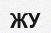
ЖУ